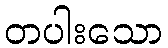
တပါးသော